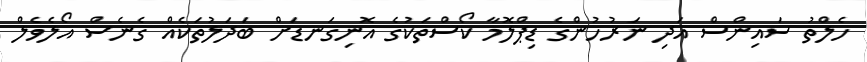
ހެލްތު ސައިންސް އަދި ނަރުހުންގެ ޑިޕްލޮމާ ކޯސްތަކުގެ އޮނިގަނޑަށް ބަދަލުތަކެއް ގެނެސް އޯލެވެލް